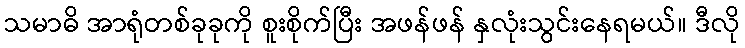
သမာဓိ အာရုံတစ်ခုခုကို စူးစိုက်ပြီး အဖန်ဖန် နှလုံးသွင်းနေရမယ်။ ဒီလို